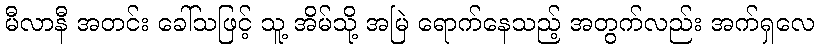
မီလာနီ အတင်း ခေါ်သဖြင့် သူ့ အိမ်သို့ အမြဲ ရောက်နေသည့် အတွက်လည်း အက်ရှလေ